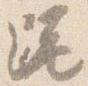
跪